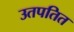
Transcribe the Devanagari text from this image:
उतपतित